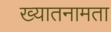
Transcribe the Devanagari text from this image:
ख्यातनामता